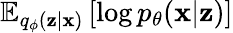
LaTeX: \mathbb{E}_{q_{\phi}(\mathbf{z}|\mathbf{x})}\left[\log p_{\theta}(\mathbf{x}|\mathbf{z})\right]